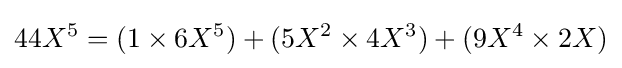
44X^{5}=(1\times 6X^{5})+(5X^{2}\times 4X^{3})+(9X^{4}\times 2X)